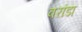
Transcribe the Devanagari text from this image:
वरांडा